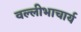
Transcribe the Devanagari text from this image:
वल्लीभाचार्य